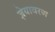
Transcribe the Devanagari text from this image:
ज्ञेयावरण